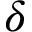
\delta